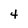
Character: 4